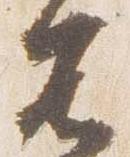
不